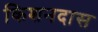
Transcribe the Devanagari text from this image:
किशनदास